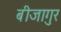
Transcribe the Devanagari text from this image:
बीजागुर